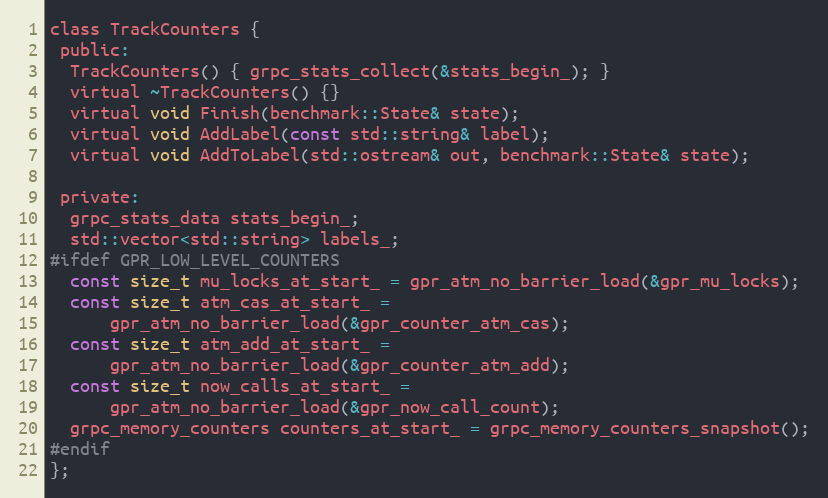
Language: C
class TrackCounters {
 public:
  TrackCounters() { grpc_stats_collect(&stats_begin_); }
  virtual ~TrackCounters() {}
  virtual void Finish(benchmark::State& state);
  virtual void AddLabel(const std::string& label);
  virtual void AddToLabel(std::ostream& out, benchmark::State& state);

 private:
  grpc_stats_data stats_begin_;
  std::vector<std::string> labels_;
#ifdef GPR_LOW_LEVEL_COUNTERS
  const size_t mu_locks_at_start_ = gpr_atm_no_barrier_load(&gpr_mu_locks);
  const size_t atm_cas_at_start_ =
      gpr_atm_no_barrier_load(&gpr_counter_atm_cas);
  const size_t atm_add_at_start_ =
      gpr_atm_no_barrier_load(&gpr_counter_atm_add);
  const size_t now_calls_at_start_ =
      gpr_atm_no_barrier_load(&gpr_now_call_count);
  grpc_memory_counters counters_at_start_ = grpc_memory_counters_snapshot();
#endif
};